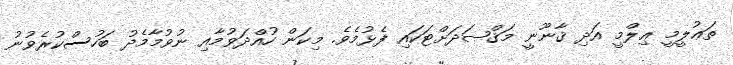
ތަޢުލީމީ ޢިލްމީ އަދި ޤާނޫނީ މަޤްޞަދަށްޓަކައި ފެޅުމެވެ. މިކަން ހުއްދަވުމާއި ނުވުމާމެދު ބަހުސްކުރެވުނު